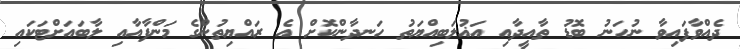
ދެއްވާފައިވާ ނުހަނު ބޮޑު ތާއީދާއި އަޣުލަބިއްޔަތު ހަނދާންކޮށް އެ ރައްޔިތުންގެ މަންފާއާއި ލާބައަށްޓަކައި